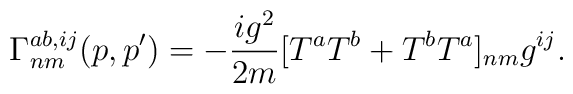
\Gamma^{ab,ij}_{nm}(p,p^\prime)=-\frac{i g^2}{2m} [T^a T^b+T^b T^a]_{nm} g^{ij}.